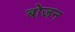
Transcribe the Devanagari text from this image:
बोजन